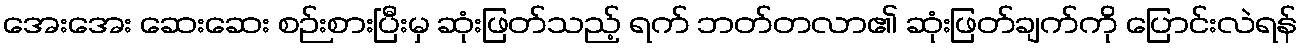
အေးအေး ဆေးဆေး စဉ်းစားပြီးမှ ဆုံးဖြတ်သည့် ရက် ဘတ်တလာ၏ ဆုံးဖြတ်ချက်ကို ပြောင်းလဲရန်